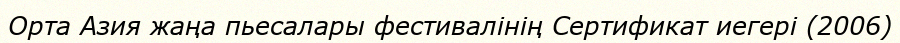
Орта Азия жаңа пьесалары фестивалінің Сертификат иегері (2006)